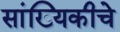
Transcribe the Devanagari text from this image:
सांख्यिकीचे